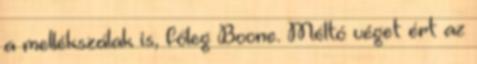
a mellékszálak is, főleg Boone. Méltó véget ért az